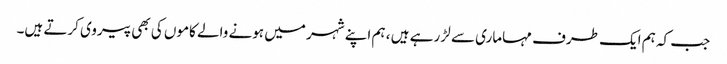
جب کہ ہم ایک طرف مہاماری سے لڑ رہے ہیں ، ہم اپنے شہر میں ہونے والے کاموں کی بھی پیروی کرتے ہیں۔